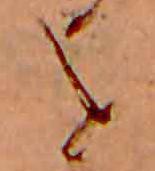
を